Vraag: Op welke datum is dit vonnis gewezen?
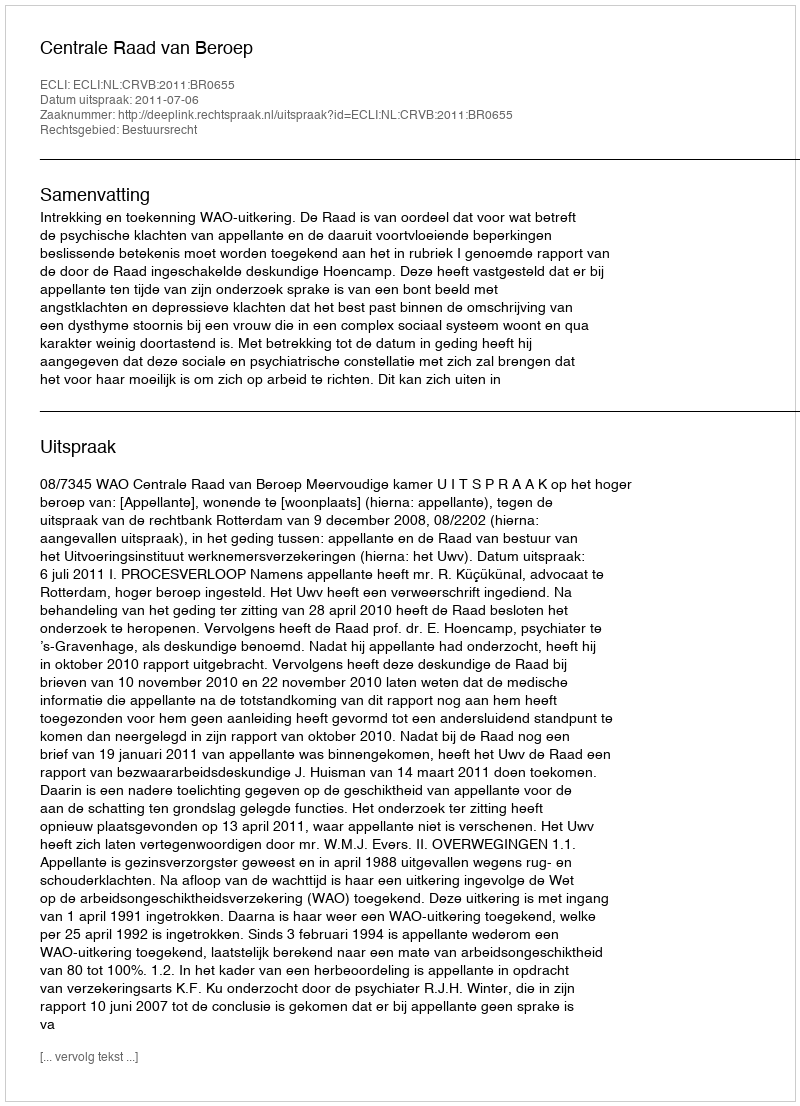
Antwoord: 2011-07-06